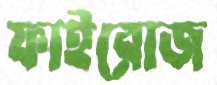
ফাইরোজ